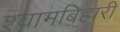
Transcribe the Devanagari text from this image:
श्यामबिहारी